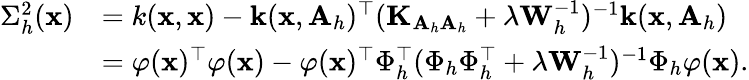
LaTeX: \begin{array}{rl}{\Sigma_{h}^{2}(\mathbf{x})}&{=k(\mathbf{x},\mathbf{x})-\mathbf{k}(\mathbf{x},\mathbf{A}_{h})^{\top}(\mathbf{K}_{\mathbf{A}_{h}\mathbf{A}_{h}}+\lambda\mathbf{W}_{h}^{-1})^{-1}\mathbf{k}(\mathbf{x},\mathbf{A}_{h})}\\ &{=\varphi(\mathbf{x})^{\top}\varphi(\mathbf{x})-\varphi(\mathbf{x})^{\top}\Phi_{h}^{\top}(\Phi_{h}\Phi_{h}^{\top}+\lambda\mathbf{W}_{h}^{-1})^{-1}\Phi_{h}\varphi(\mathbf{x}).}\end{array}